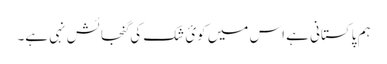
ہم پاکستانی ہے اس میں کوئ شک کی گنجائش نہی ہے۔